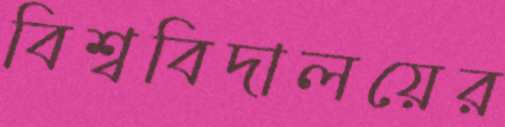
বিশ্ববিদালয়ের